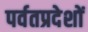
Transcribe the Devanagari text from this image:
पर्वतप्रदेशों